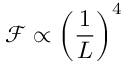
\mathcal { F } \propto \left( \frac { 1 } { L } \right) ^ { 4 }